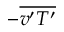
- { \overline { { v ^ { \prime } T ^ { \prime } } } }